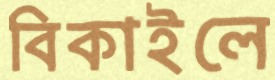
বিকাইলে